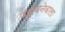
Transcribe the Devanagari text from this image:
पहुंचनेवाला